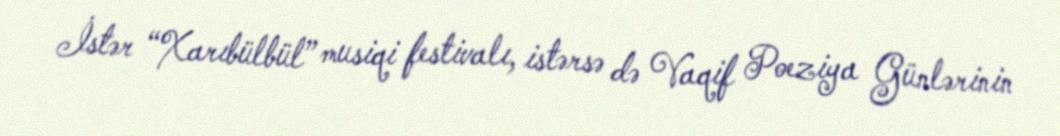
İstər “Xarıbülbül” musiqi festivalı, istərsə də Vaqif Poeziya Günlərinin